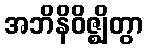
အဘိနိဝိဇ္ဈိတွာ